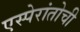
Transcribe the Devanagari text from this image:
एस्पेरांतोची